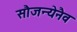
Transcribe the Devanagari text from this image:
सौजन्येनैव